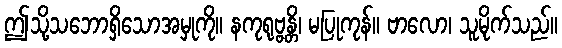
ဤသို့သဘောရှိသောအမှုကို။ နကုရုဗ္ဗန္တိ၊ မပြုကုန်။ ဗာလော၊ သူမိုက်သည်။